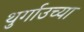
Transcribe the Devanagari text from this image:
थुर्गाउच्या